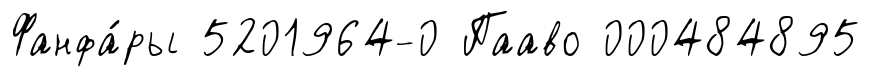
Фанфа́ры 5201964-0 Пааво 000484895